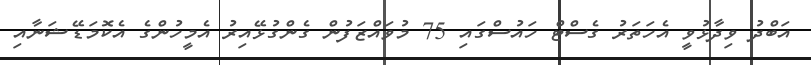
އަބްދު ވިދާޅުވީ އެހަތަރު ގެސްޓް ހައުސްގައި 75 މުވައްޒަފުން ގެންގުޅޭއިރު އެމީހުންގެ އެކޮމަޑޭޝަނާއި